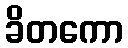
ခိတကော